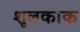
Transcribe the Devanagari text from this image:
शूलकाक